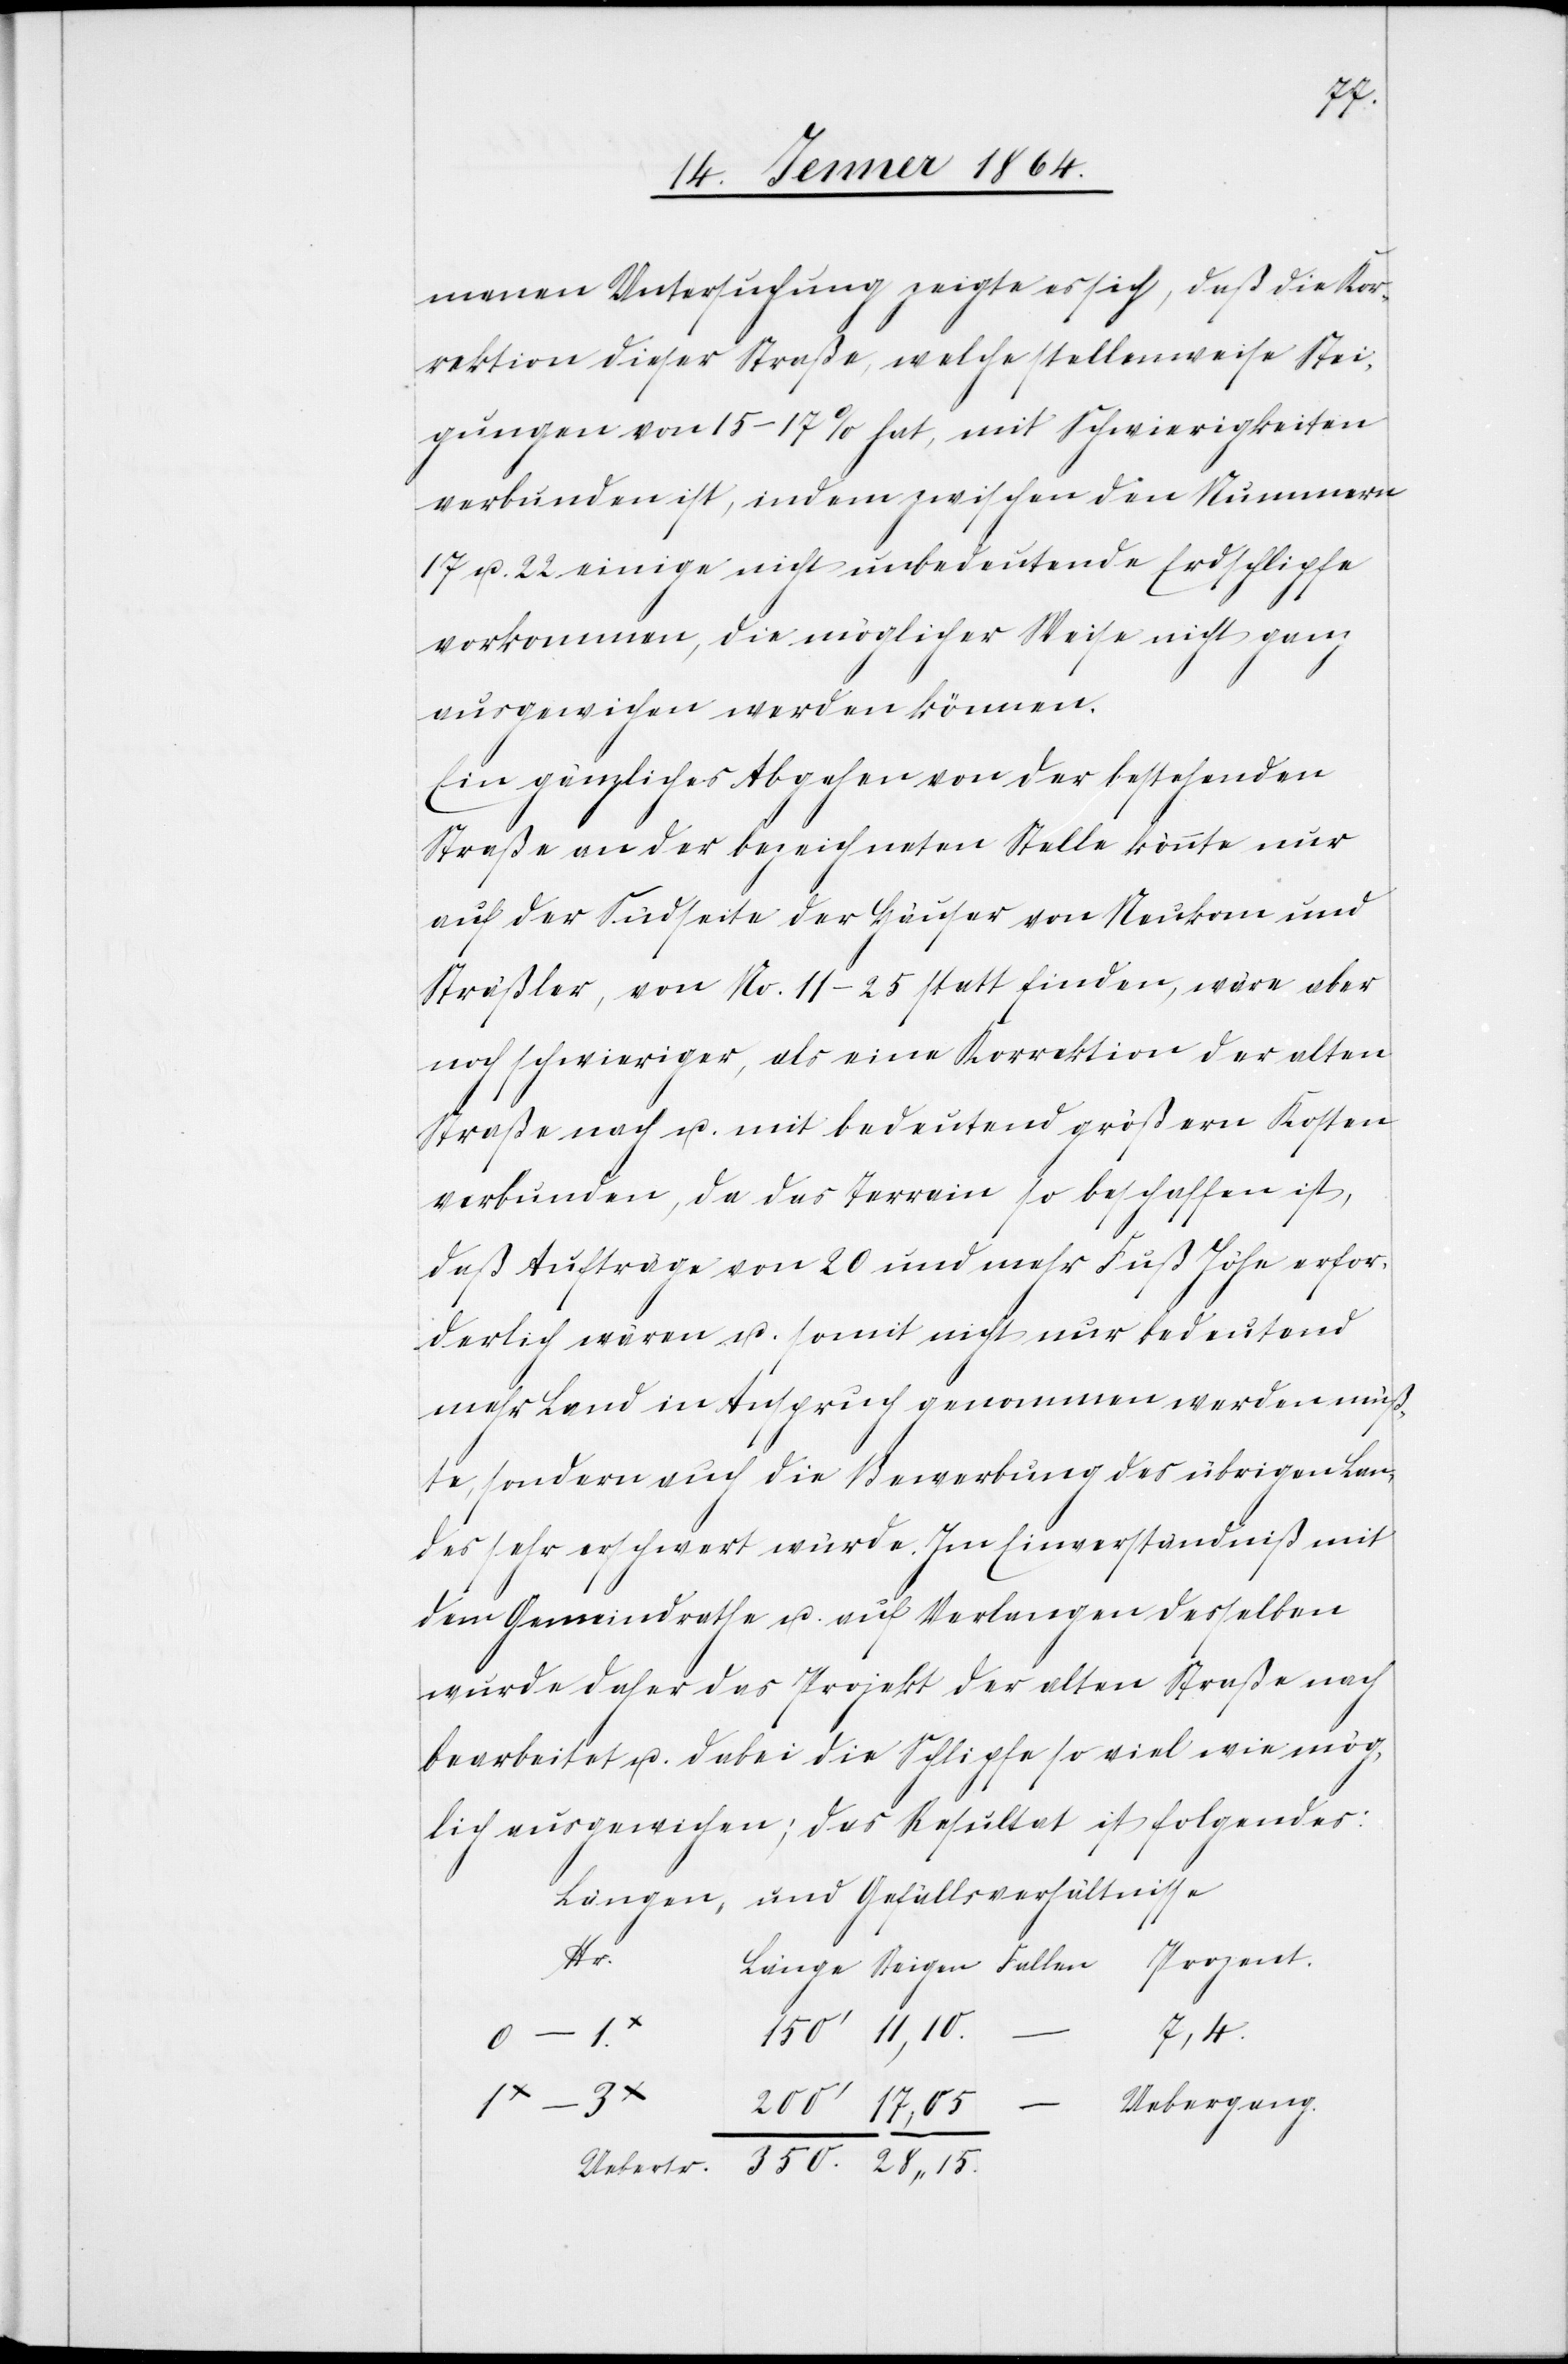
menen Untersuchung zeigte es sich, daß die Kor¬
rektion dieser Straße, welche stellenweise Stei¬
gungen von 15–17% hat, mit Schwierigkeiten
verbunden ist, indem zwischen den Nummern
17 u. 22 einige nicht unbedeutende Erdschlipfe
vorkommen, die möglicher Weise nicht ganz
ausgewichen werden können.
Ein gänzliches Abgehen von der bestehenden
Straße an der bezeichneten Stelle könnte nur
auf der Südseite der Häuser von Neukom und
Stäßler, von No. 11–25 statt finden, wäre aber
h schwieriger, als eine Korrektion der alten
Straße nach u. mit bedeutend größern Kosten
verbunden, da das Terrain so beschaffen ist,
daß Aufträge von 20 und mehr Fuß Höhe erfor¬
derlich wären u. somit nicht nur bedeutend
mehr Land in Anspruch genommen werden müß¬
te, sondern auch die Bewerbung des übrigen Lan¬
des sehr erschwert würde. Im Einverständniß mit
dem Gemeindrathe u. auf Verlangen desselben
wurde daher das Projekt der alten Straße nach
bearbeitet u. dabei die Schlipfe so viel wie mög¬
lich ausgewichen, das Resultat ist folgendes:
Längen, und Gefällsverhältnisse
Nr.
zent.
11,10.
7,4.